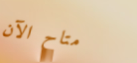
متاح الآن